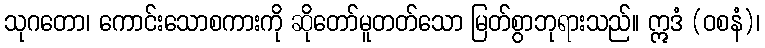
သုဂတော၊ ကောင်းသောစကားကို ဆိုတော်မူတတ်သော မြတ်စွာဘုရားသည်။ ဣဒံ (ဝစနံ)၊